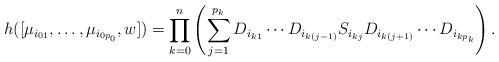
LaTeX: \begin{align*}h([\mu_{i_{01}}, \ldots, \mu_{i_{0p_0}}, w]) = \prod\limits_{k = 0}^n \left(\sum\limits_{j = 1}^{p_k} D_{i_{k1}}\cdots D_{i_{k(j-1)}}S_{i_{kj}}D_{i_{k(j+1)}}\cdots D_{i_{kp_k}} \right).\end{align*}